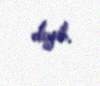
deyib.